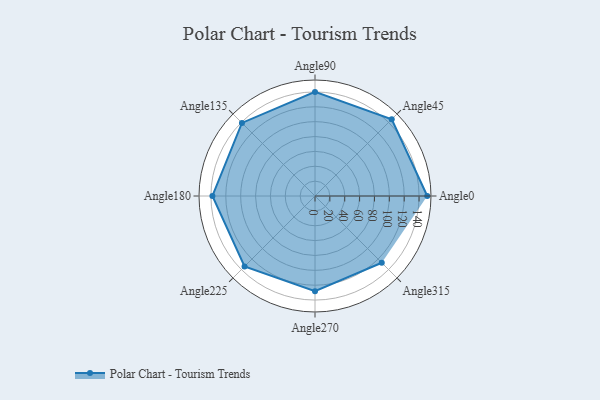
{"axis": {"x": "Angle", "y": "Radius"}, "legend": [""], "data": [{"x": "Angle0", "y": 151.0, "type": ""}, {"x": "Angle45", "y": 146.0, "type": ""}, {"x": "Angle90", "y": 140.0, "type": ""}, {"x": "Angle135", "y": 139.0, "type": ""}, {"x": "Angle180", "y": 138.0, "type": ""}, {"x": "Angle225", "y": 134.0, "type": ""}, {"x": "Angle270", "y": 128.0, "type": ""}, {"x": "Angle315", "y": 127.0, "type": ""}]}